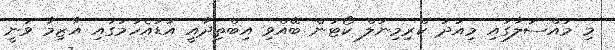
މި މައްސަލާގައި މިއަދު ކްރިމިނަލް ކޯޓުން ބޭއްވި އިބްތިދާއީ އަޑުއެހުމުގައި އާޒިމާ ވަނީ